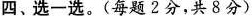
四、选一选。(每题2分，共8分)